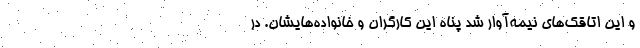
و این اتاقک‌هایِ نیمه‌آوار شد پناه این کارگران و خانواده‌هایشان. در